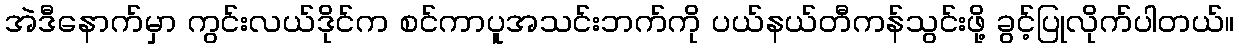
အဲဒီနောက်မှာ ကွင်းလယ်ဒိုင်က စင်ကာပူအသင်းဘက်ကို ပယ်နယ်တီကန်သွင်းဖို့ ခွင့်ပြုလိုက်ပါတယ်။